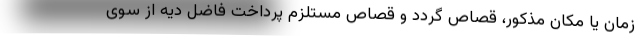
زمان یا مکان مذکور، قصاص گردد و قصاص مستلزم پرداخت فاضل دیه از سوی